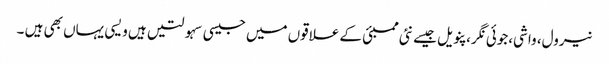
نیرول، واشی،جوئی نگر، پنویل جیسے نئی ممبئی کے علاقوں میں جیسی سہولتیں ہیں ویسی یہاں بھی ہیں ۔